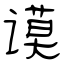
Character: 谟